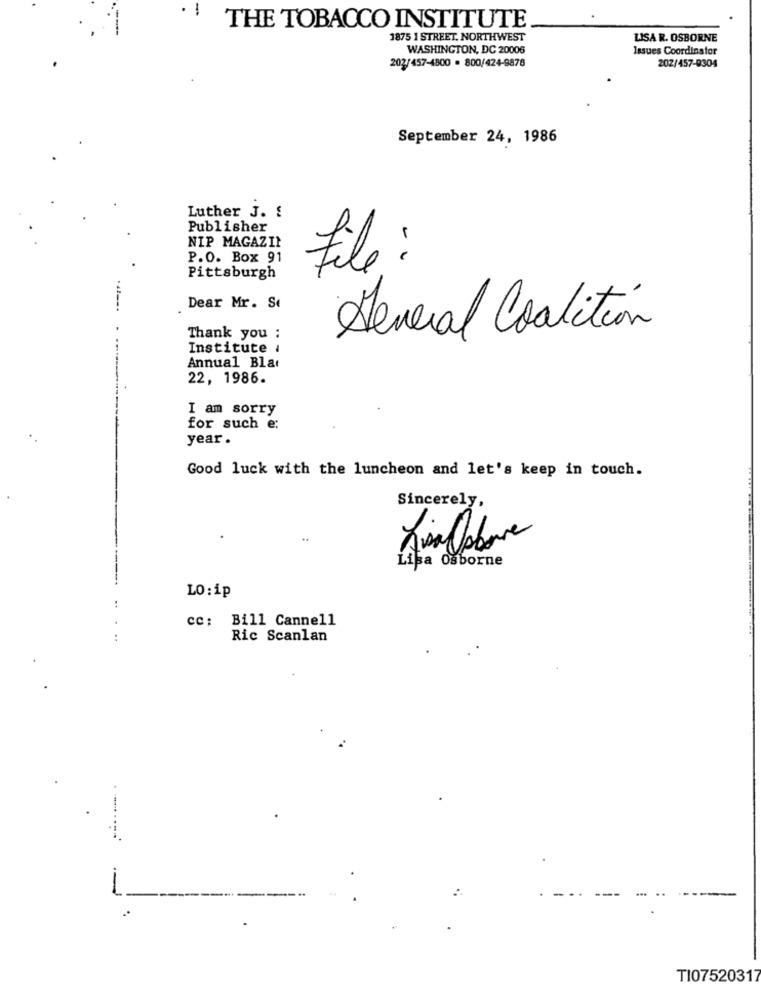
THE TOBACCO INSTITUTE
1875 1 STREET. NORTHWEST
LISA R. OSBORNE
WASHINGTON, DC 20006
Issues Coordinstor
202/457-4800 . 800/424-8878
202/457-9304
September 24, 1986
Luther J. !
Publisher
NIP MAGAZIN
P.O. Box 91
file :
Pittsburgh
Dear Mr. Se
Several Coalition
Thank you :
Institute /
Annual Blar
22, 1986.
I am sorry
for such e;
year .
Good luck with the luncheon and let's keep in touch.
Sincerely,
Lisa Osborne
LO:ip
..
cc: Bill Cannell
Ric Scanlan
:
.- -
TI07520317